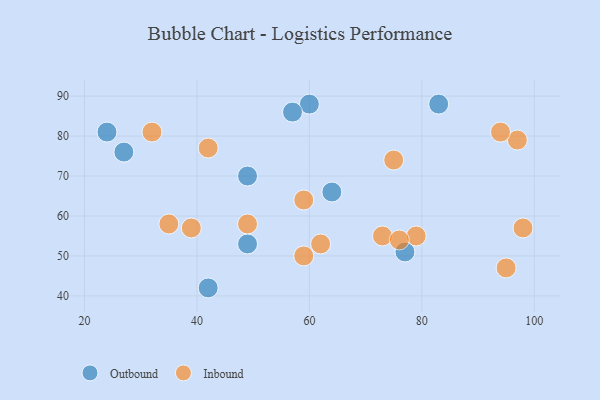
{"axis": {"x": "GDP", "y": "Life Expectancy"}, "legend": ["Inbound", "Outbound"], "data": [{"x": "60", "y": 88, "type": "Outbound"}, {"x": "27", "y": 76, "type": "Outbound"}, {"x": "42", "y": 42, "type": "Outbound"}, {"x": "57", "y": 86, "type": "Outbound"}, {"x": "49", "y": 70, "type": "Outbound"}, {"x": "24", "y": 81, "type": "Outbound"}, {"x": "77", "y": 51, "type": "Outbound"}, {"x": "83", "y": 88, "type": "Outbound"}, {"x": "49", "y": 53, "type": "Outbound"}, {"x": "64", "y": 66, "type": "Outbound"}, {"x": "73", "y": 55, "type": "Inbound"}, {"x": "35", "y": 58, "type": "Inbound"}, {"x": "59", "y": 50, "type": "Inbound"}, {"x": "62", "y": 53, "type": "Inbound"}, {"x": "32", "y": 81, "type": "Inbound"}, {"x": "59", "y": 64, "type": "Inbound"}, {"x": "98", "y": 57, "type": "Inbound"}, {"x": "42", "y": 77, "type": "Inbound"}, {"x": "79", "y": 55, "type": "Inbound"}, {"x": "39", "y": 57, "type": "Inbound"}, {"x": "76", "y": 54, "type": "Inbound"}, {"x": "95", "y": 47, "type": "Inbound"}, {"x": "49", "y": 58, "type": "Inbound"}, {"x": "75", "y": 74, "type": "Inbound"}, {"x": "97", "y": 79, "type": "Inbound"}, {"x": "94", "y": 81, "type": "Inbound"}]}